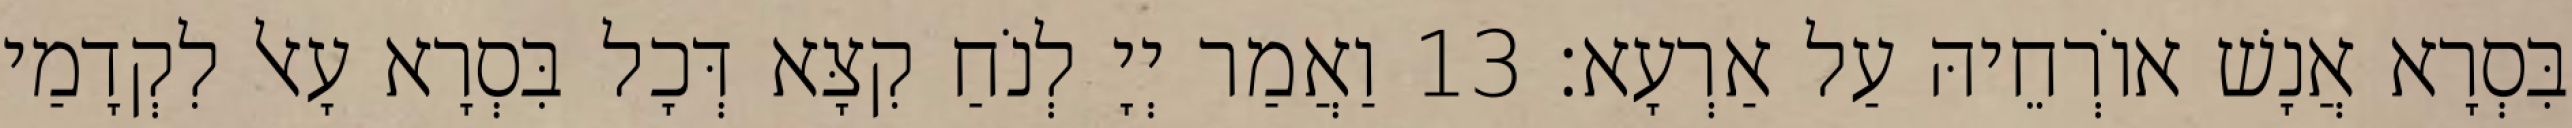
בִּסְרָא אֲנָשׁ אוֹרְחֵיהּ עַל אַרְעָא׃ 13 וַאֲמַר יְיָ לְנֹחַ קִצָּא דְּכָל בִּסְרָא עָאל לִקְדָמַי